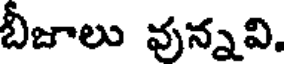
బీజాలు వున్నవి.